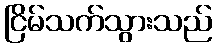
ငြိမ်သက်သွားသည်